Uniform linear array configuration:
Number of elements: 12
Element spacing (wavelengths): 0.25
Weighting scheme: hamming
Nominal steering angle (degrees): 45
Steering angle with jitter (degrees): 45.874
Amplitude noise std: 0.05
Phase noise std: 0.05

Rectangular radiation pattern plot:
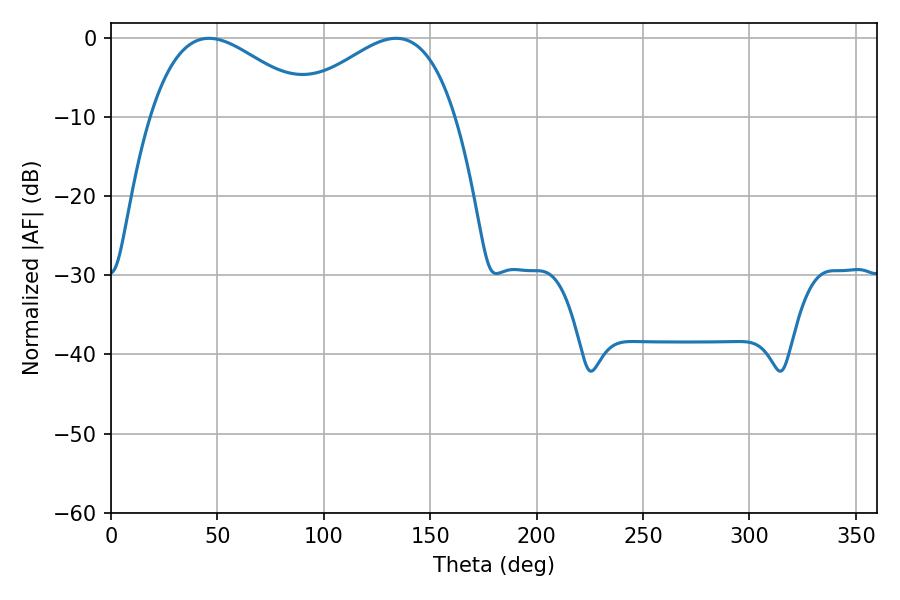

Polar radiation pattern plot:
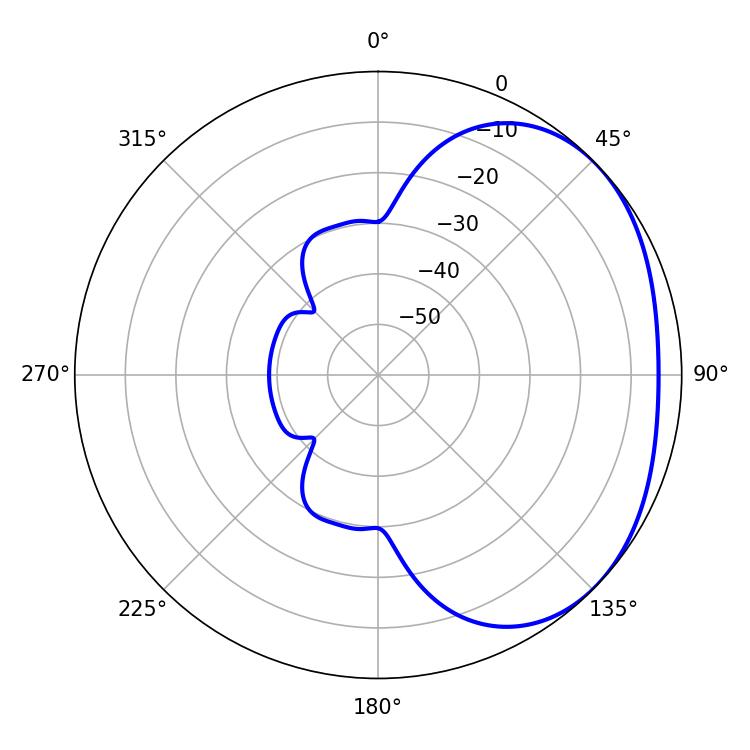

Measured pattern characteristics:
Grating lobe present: FALSE
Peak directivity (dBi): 2.319
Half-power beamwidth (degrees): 41.94
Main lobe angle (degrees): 46.08